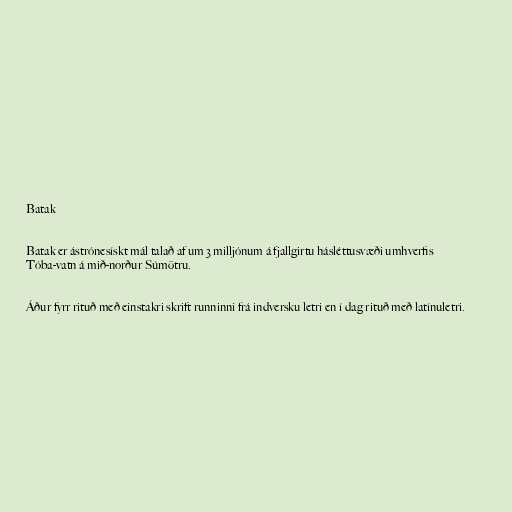
Batak

Batak er ástrónesískt mál talað af um 3 milljónum á fjallgirtu hásléttusvæði umhverfis
Tóba-vatn á mið-norður Súmötru.

Áður fyrr rituð með einstakri skrift runninni frá indversku letri en í dag rituð með latínuletri.